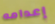
إعدامه